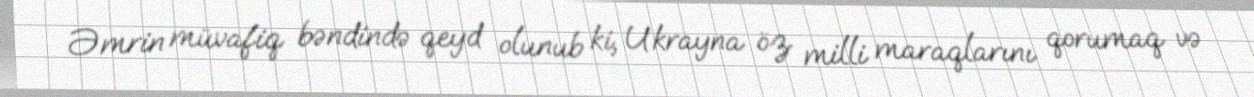
Əmrin müvafiq bəndində qeyd olunub ki, Ukrayna öz milli maraqlarını qorumaq və